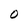
Character: O